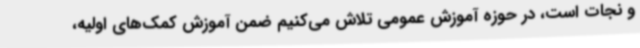
و نجات است، در حوزه آموزش عمومی تلاش می‌کنیم ضمن آموزش کمک‌های اولیه،